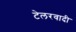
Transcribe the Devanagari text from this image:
टेलरवादी